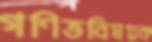
গণিতবিষয়ক